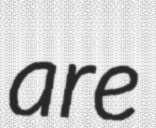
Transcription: are